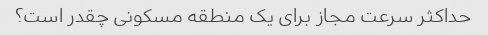
حداکثر سرعت مجاز برای یک منطقه مسکونی چقدر است؟